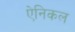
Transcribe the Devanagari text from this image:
ऐनिकल